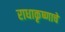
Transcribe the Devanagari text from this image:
राधाकृष्णाचे